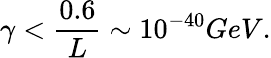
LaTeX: \gamma<{\frac{0.6}{L}}\sim 10^{-40}GeV.